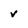
Character: v